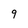
Character: 9